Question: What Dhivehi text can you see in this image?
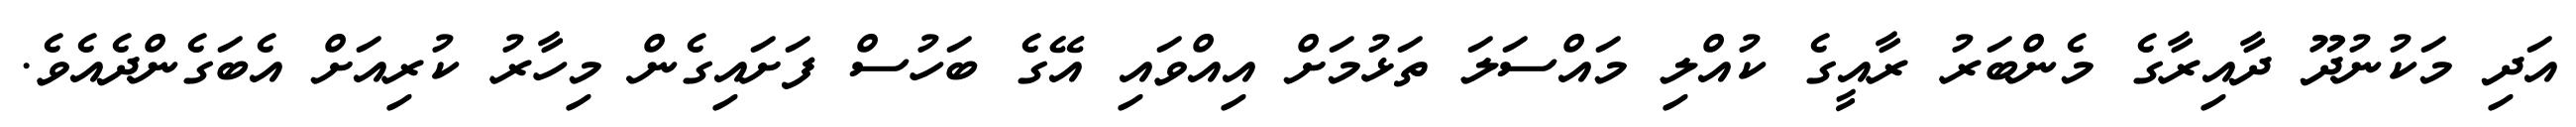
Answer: އަދި މަކުނުދޫ ދާއިރާގެ މެންބަރު ރާއީގެ ކުއްލި މައްސަލަ ތަޅުމަށް އިއްވައި އޭގެ ބަހުސް ފަށައިގެން މިހާރު ކުރިއަށް އެބަގެންދެއެވެ.